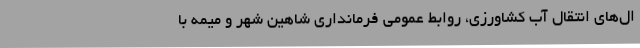
ال‌های انتقال آب کشاورزی، روابط عمومی فرمانداری شاهین شهر و میمه با